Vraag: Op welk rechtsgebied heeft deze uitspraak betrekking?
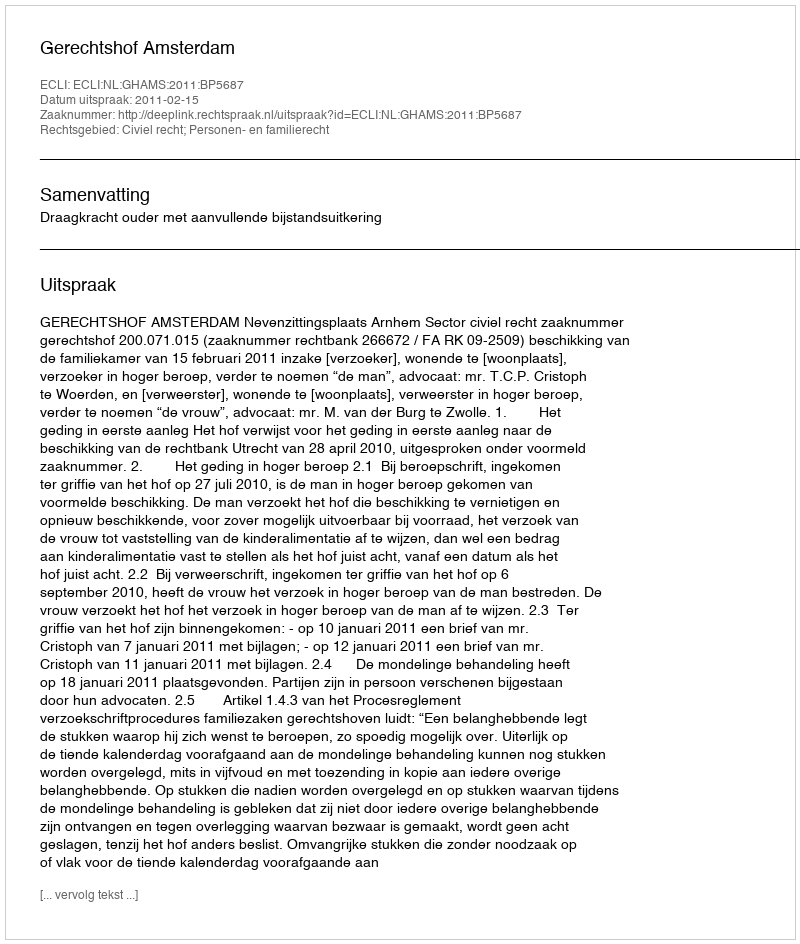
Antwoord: Civiel recht; Personen- en familierecht